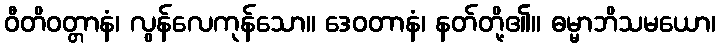
ဝီတိဝတ္တာနံ၊ လွန်လေကုန်သော။ ဒေဝတာနံ၊ နတ်တို့၏။ ဓမ္မာဘိသမယော၊